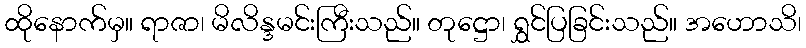
ထိုနောက်မှ။ ရာဇာ၊ မိလိန္ဒမင်းကြီးသည်။ တုဋ္ဌော၊ ရွှင်ပြခြင်းသည်။ အဟောသိ၊